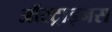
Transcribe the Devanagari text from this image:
ऑस्ट्राइनस